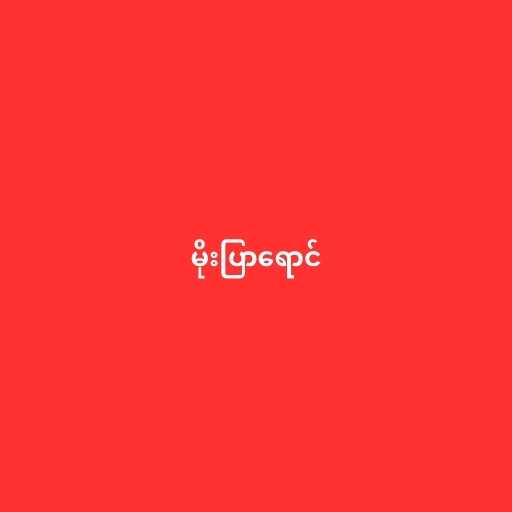
မိုးပြာရောင်